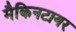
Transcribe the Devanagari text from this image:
मैकिनटायर